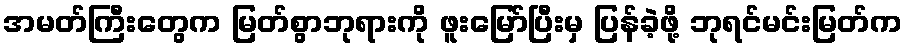
အမတ်ကြီးတွေက မြတ်စွာဘုရားကို ဖူးမြော်ပြီးမှ ပြန်ခဲ့ဖို့ ဘုရင်မင်းမြတ်က